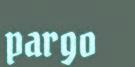
pargo